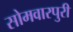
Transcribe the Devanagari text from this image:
सोमवारपुरी